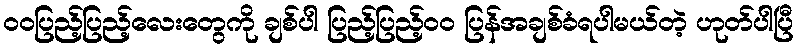
ဝဝပြည့်ပြည့်လေးတွေကို ချစ်ပါ ပြည့်ပြည့်ဝဝ ပြန်အချစ်ခံရပါမယ်တဲ့ ဟုတ်ပါပြီ